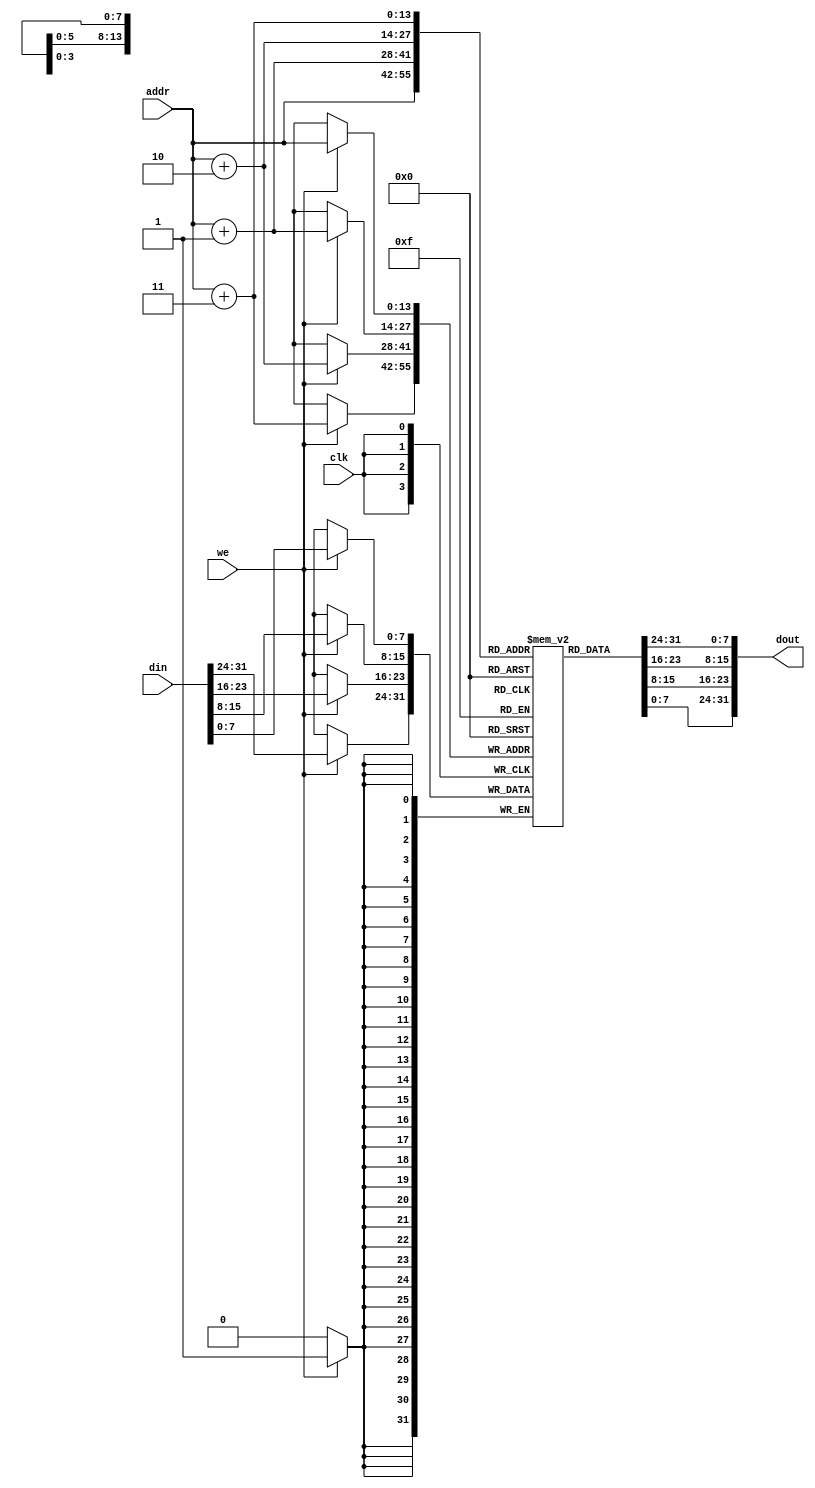
module dm_1k(addr, din, we, clk, dout);
  input [13:0] addr;
  input [31:0] din;
  input we;
  input clk;
  output [31:0] dout;

  reg [7:0] dm[12287:0];
  
  assign dout = {dm[addr+3], dm[addr+2], dm[addr+1], dm[addr]};
  
  integer i;
  initial
    begin
      for(i=0; i<12288; i=i+1) dm[i]<=0;
    end
  
  always@(posedge clk)
  begin
    if(we)
      begin
        {dm[addr+3], dm[addr+2], dm[addr+1], dm[addr]} <= {din[31:24], din[23:16], din[15:8], din[7:0]};
      end
  end

endmodule